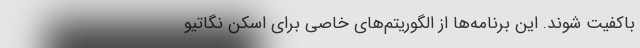
باکفیت شوند. این برنامه‌ها از الگوریتم‌های خاصی برای اسکن نگاتیو